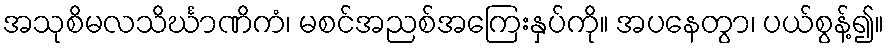
အသုစိမလသိင်္ဃာဏိကံ၊ မစင်အညစ်အကြေးနှပ်ကို။ အပနေတွာ၊ ပယ်စွန့်၍။